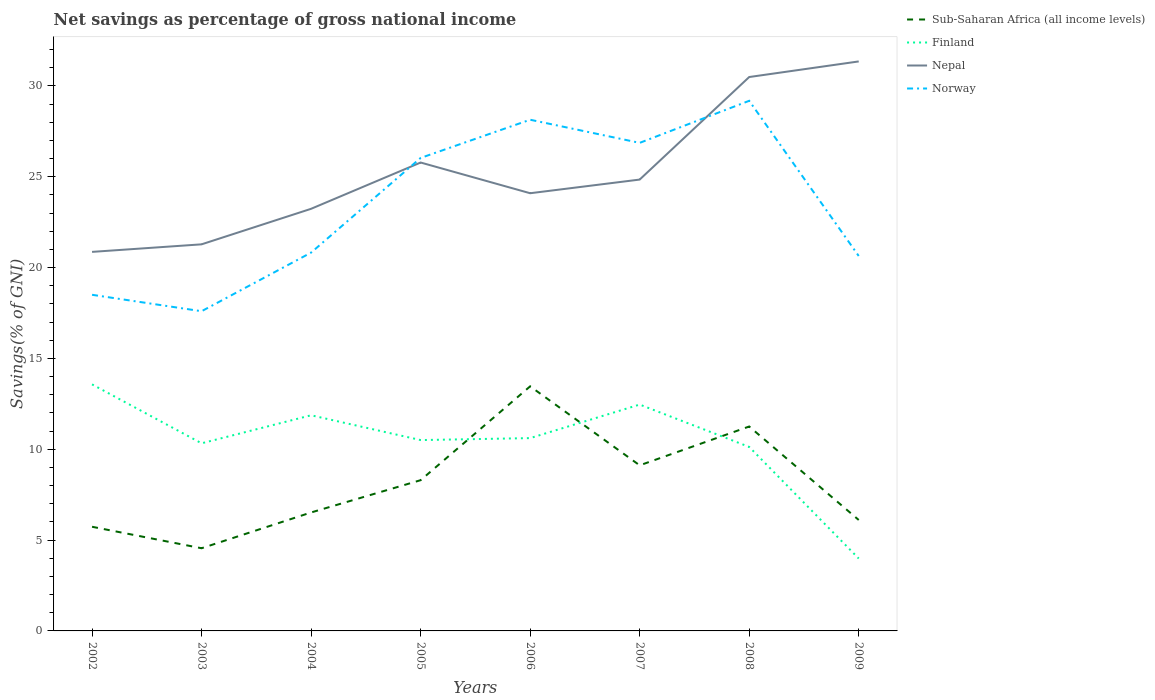
| Years | Sub-Saharan Africa (all income levels) | Finland | Nepal | Norway |
 | --- | --- | --- | --- | --- |
 | 2002 | 5.73 | 13.6 | 20.9 | 18.5 |
 | 2003 | 4.55 | 10.3 | 21.3 | 17.6 |
 | 2004 | 6.52 | 11.9 | 23.2 | 20.8 |
 | 2005 | 8.3 | 10.5 | 25.8 | 26 |
 | 2006 | 13.5 | 10.6 | 24.1 | 28.1 |
 | 2007 | 9.11 | 12.5 | 24.8 | 26.9 |
 | 2008 | 11.3 | 10.1 | 30.5 | 29.2 |
 | 2009 | 6.11 | 3.99 | 31.3 | 20.6 |